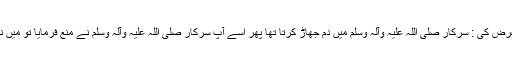
ایک صاحب نے عرض کی : سرکار صلی اللہ علیہ وآلہ وسلم میں دم جھاڑ کرتا تھا پھر اسے آپ سرکار صلی اللہ علیہ وآلہ وسلم نے منع فرمایا تو میں نے اسے چھوڑ دیا۔